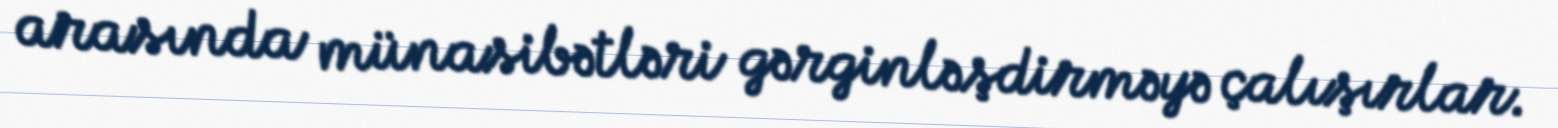
arasında münasibətləri gərginləşdirməyə çalışırlar.